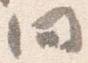
間